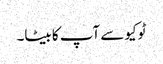
ٹوکیو سے آپ کا بیٹا۔